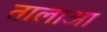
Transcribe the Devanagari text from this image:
तालाआ